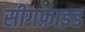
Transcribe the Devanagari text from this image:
सीगफ्राइड